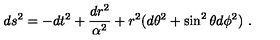
d s ^ { 2 } = - d t ^ { 2 } + \frac { d r ^ { 2 } } { \alpha ^ { 2 } } + r ^ { 2 } ( d \theta ^ { 2 } + \sin ^ { 2 } \theta d \phi ^ { 2 } ) \ .